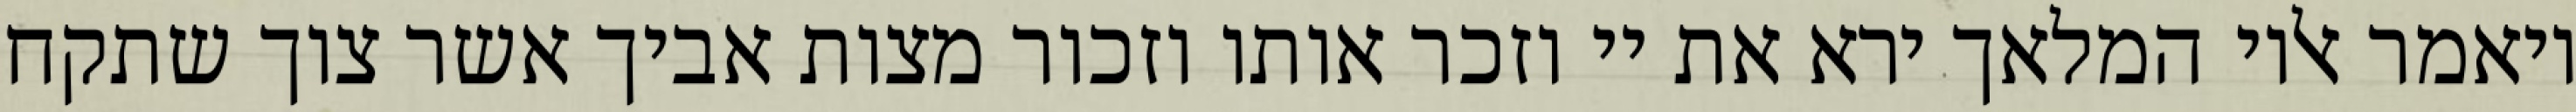
ויאמר אליו המלאך ירא את יי וזכר אותו וזכור מצות אביך אשר צוך שתקח